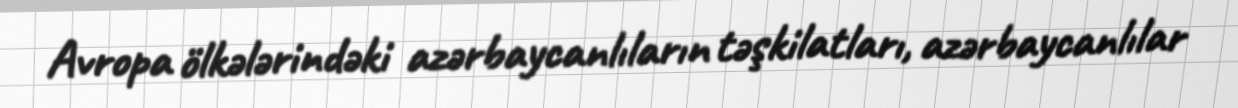
Avropa ölkələrindəki azərbaycanlıların təşkilatları, azərbaycanlılar